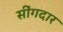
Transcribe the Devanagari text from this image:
सींगदार